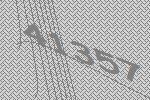
41357